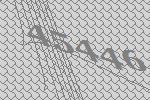
45446